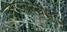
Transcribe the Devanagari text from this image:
ज्वाज्वल्यमान